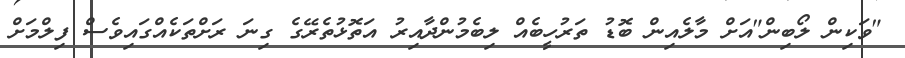
"ވަކިން ލޯބިން"އަށް މާލެއިން ބޮޑު ތަރުހީބެއް ލިބެމުންދާއިރު އަތޮޅުތެރޭގެ ގިނަ ރަށްތަކެއްގައިވެސް ފިލްމަށް